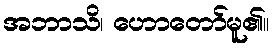
အဘာသိ၊ ဟောတော်မူ၏။